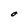
Character: O